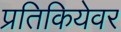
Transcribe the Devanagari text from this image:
प्रतिकियेवर